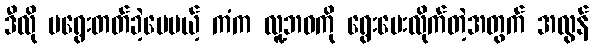
ဒီလို မရွေးတတ်ခဲ့ပေမယ့် ကံက လူ့ဘဝကို ရွေးပေးလိုက်တဲ့အတွက် အလွန်